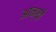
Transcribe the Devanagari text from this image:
आन्खे